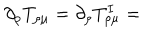
LaTeX: \partial _ { \rho } T _ { \rho \mu } = \partial _ { \rho } T _ { \rho \mu } ^ { I } =